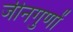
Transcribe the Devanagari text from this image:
जीनगुणों